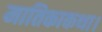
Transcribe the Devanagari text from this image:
मातिकाकथा।